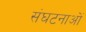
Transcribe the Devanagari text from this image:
संघटनाओं